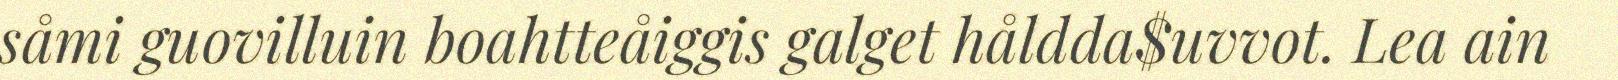
såmi guovilluin boahtteåiggis galget håldda$uvvot. Lea ain